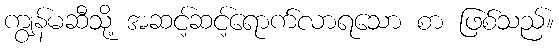
ကျွန်မဆီသို့ အဆင့်ဆင့်ရောက်လာရသော စာ ဖြစ်သည်။